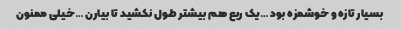
بسیار تازه و خوشمزه بود …یک ربع هم بیشتر طول نکشید تا بیارن …خیلی ممنون